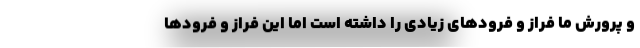
و پرورش ما فراز و فرودهای زیادی را داشته است اما این فراز و فرودها